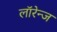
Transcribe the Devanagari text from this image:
लॉरेन्ज